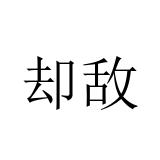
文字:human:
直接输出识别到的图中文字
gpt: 却敌